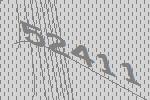
52411